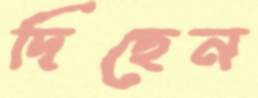
দিছেন